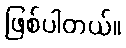
ဖြစ်ပါတယ်။